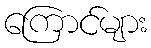
ကြောင်များ